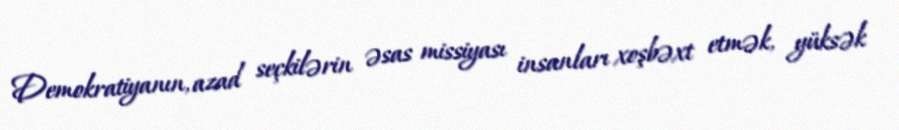
Demokratiyanın, azad seçkilərin əsas missiyası insanları xoşbəxt etmək, yüksək